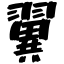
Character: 翼